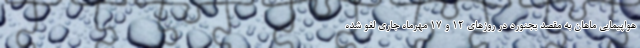
هواپیمایی ماهان به مقصد بجنورد در روزهای ۱۲ و ۱۷ مهرماه جاری لغو شده